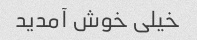
خیلی خوش آمدید